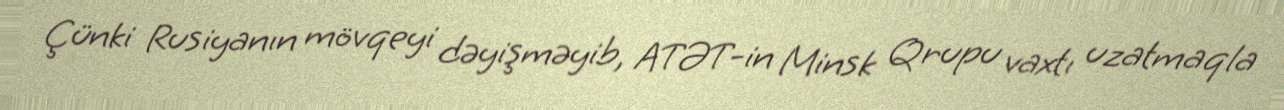
Çünki Rusiyanın mövqeyi dəyişməyib, ATƏT-in Minsk Qrupu vaxtı uzatmaqla